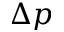
\Delta p